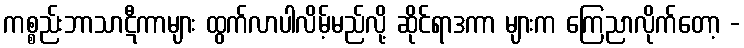
ကစ္စည်းဘာသာဋီကာများ ထွက်လာပါလိမ့်မည်လို့ ဆိုင်ရာဒကာ များက ကြေညာလိုက်တော့ -